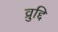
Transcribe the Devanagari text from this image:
व्रुद्दि